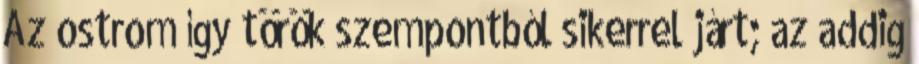
Az ostrom így török szempontból sikerrel járt; az addig